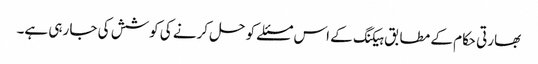
بھارتی حکام کے مطابق ہیکنگ کے اس مسئلے کو حل کرنے کی کوشش کی جا رہی ہے۔